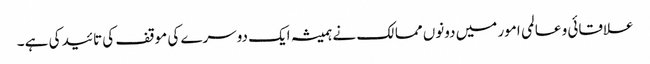
علاقائی و عالمی امور میں دونوں ممالک نے ہمیشہ ایک دوسرے کی موقف کی تائید کی ہے ۔